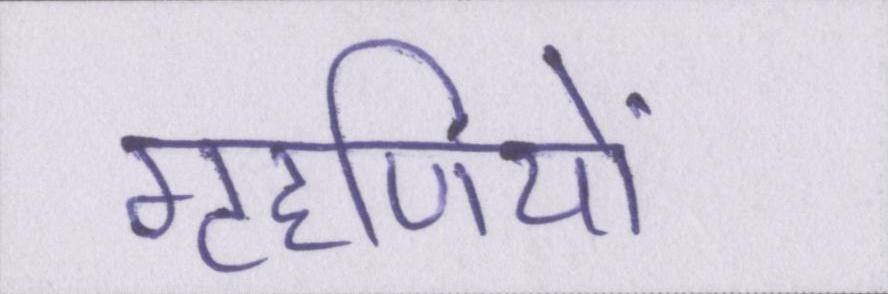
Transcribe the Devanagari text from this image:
गृहणियों